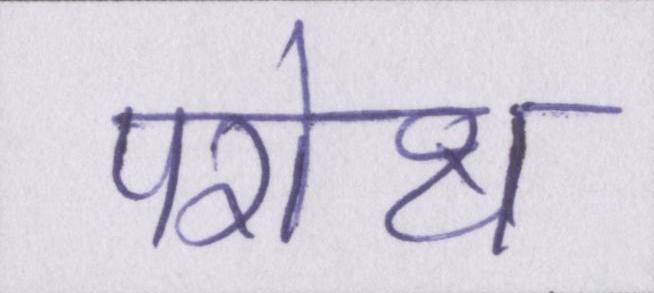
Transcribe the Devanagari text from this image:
परोक्ष